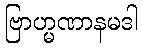
ဗြာဟ္မဏာနမဒါ